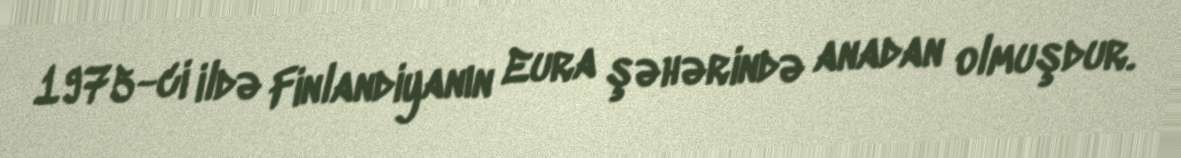
1975-ci ildə Finlandiyanın Eura şəhərində anadan olmuşdur.